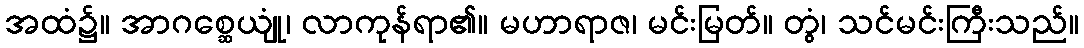
အထံ၌။ အာဂစ္ဆေယျုံ၊ လာကုန်ရာ၏။ မဟာရာဇ၊ မင်းမြတ်။ တွံ၊ သင်မင်းကြီးသည်။